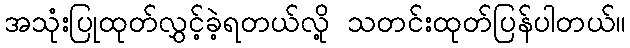
အသုံးပြုထုတ်လွှင့်ခဲ့ရတယ်လို့ သတင်းထုတ်ပြန်ပါတယ်။